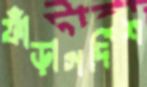
ফাঁড়াগর্দিশ